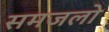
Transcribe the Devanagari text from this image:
समजलो